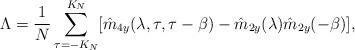
LaTeX: \begin{align*}\Lambda = \frac{1}{N}\sum_{\tau = -K_N}^{K_N}[\hat{m}_{4y}(\lambda,\tau,\tau-\beta) - \hat{m}_{2y}(\lambda)\hat{m}_{2y}(-\beta)],\ \ \ \end{align*}